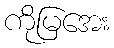
ကိုမြအေး